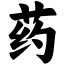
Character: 药